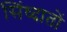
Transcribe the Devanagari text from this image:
सिंध्दातों